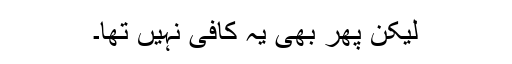
لیکن پھر بھی یہ کافی نہیں تھا۔